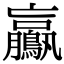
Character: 鸁